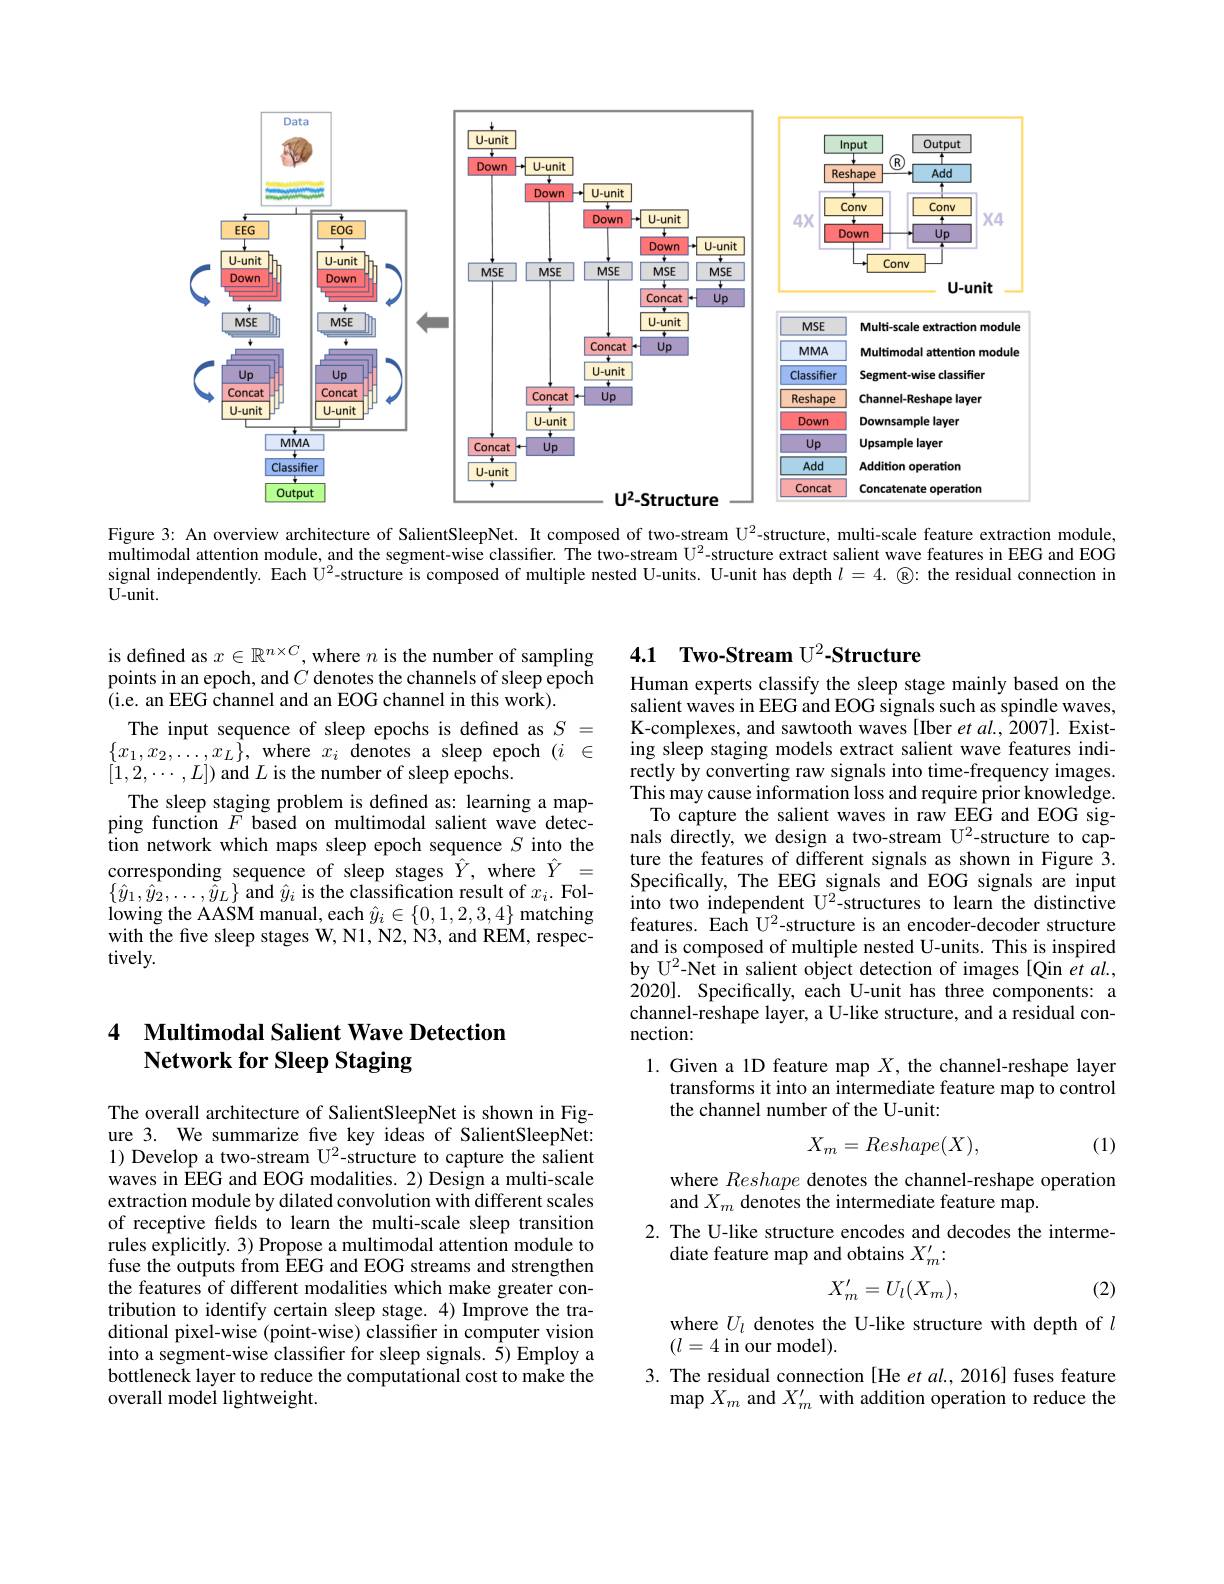
<FigureHere>
Figure 3: An overview architecture of SalientSleepNet. It composed of two-stream U$^{2}$-structure, multi-scale feature extraction module,

multimodal attention module, and the segment-wise classifier. The two-stream U$^{2}$-structure extract salient wave features in EEG and EOG signal independently. Each U$^{2}$-structure is composed of multiple nested U-units. U-unit has depth $l=4.$ the residual connection in $U-unit.$

is defined as $x\in\mathbb{R}^{n\times C}$, where $n$ is the number of sampling points in an epoch, and $C$ denotes the channels of sleep epoch (i.e. an EEG channel and an EOG channel in this work).
The input sequence of sleep epochs is defined as $S=$ $\{x_{1},x_{2},\ldots,x_{L}\}$,where$x_i$denotes a sleep epoch$(i\in$ $[1,2,\cdots,L])$ and $L$ is the number of sleep epochs.
The sleep staging problem is defined as: learning a mapping function $F$ based on multimodal salient wave detection network which maps sleep epoch sequence $S$ into the corresponding sequence of sleep stages $\hat{Y}$, where $\hat{Y}=$ $\{\hat{y}_{1},\hat{\hat{y}}_{2},\ldots,\tilde{\hat{y}}_{L}\}$ and $\hat{y}_{i}$ is the classification result of $x_i.$ Fol- $\operatorname{lowing~the~AASM~manual,~each~}\hat{y}_{i}\in\{0,1,2,3,4\}$ matching with the five sleep stages W, N1, N2, N3, and REM, respectively.

### 4 Multimodal Salient Wave Detection Network for Sleep Staging

The overall architecture of SalientSleepNet is shown in Figure 3. We summarize five key ideas of SalientSleepNet: 1) Develop a two-stream U2-structure to capture the salient waves in EEG and EOG modalities. 2) Design a multi-scale extraction module by dilated convolution with different scales of receptive felds to learn the multi-scale sleep transition rules explicitly. 3) Propose a multimodal attention module to fuse the outputs from EEG and EOG streams and strengthen the features of different modalities which make greater contribution to identify certain sleep stage. 4) Improve the traditional pixel-wise (point-wise) classifier in computer vision into a segment-wise classifier for sleep signals. 5) Employ a bottleneck layer to reduce the computational cost to make the overall model lightweight.

# 4.1 Two-Stream U$^2\textbf{- Structure}$ Human experts classify the sleep stage mainly based on the

salient waves in EEG and EOG signals such as spindle waves, K-complexes, and sawtooth waves [Iber et al., 2007]. Existing sleep staging models extract salient wave features indirectly by converting raw signals into time-frequency images. This may cause information loss and require prior knowledge.
To capture the salient waves in raw EEG and EOG signals directly, we design a two-stream U2-structure to capture the features of different signals as shown in Figure 3. Specifically, The EEG signals and EOG signals are input into two independent U$^2$-structures to learn the distinctive features. Each U2-structure is an encoder-decoder structure and is composed of multiple nested U-units. This is inspired by U$^2$-Net in salient object detection of images [Qin et al., 2020]. Specifically, each U-unit has three components: a channel-reshape layer, a U-like structure, and a residual connection:

1. Given a 1D feature map $X$, the channel-reshape layer
transforms it into an intermediate feature map to control
the channel number of the U-unit:

(1)
$$X_m=Reshape(X),$$
where Reshape denotes the channel-reshape operation
and $X_m$ denotes the intermediate feature map.
2. The U-like structure encodes and decodes the interme-
diate feature map and obtains $X_m^{\prime}:$
$$X_m'=U_l(X_m),$$
(2)

where $U_l$ denotes the U-like structure with depth of $l$
$(l=4$ in our model).

3. The residual connection [He et al., 2016] fuses feature
map $X_m$ and $X_m^{\prime}$ with addition operation to reduce the